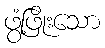
ဖွံ့ဖြိုးသော